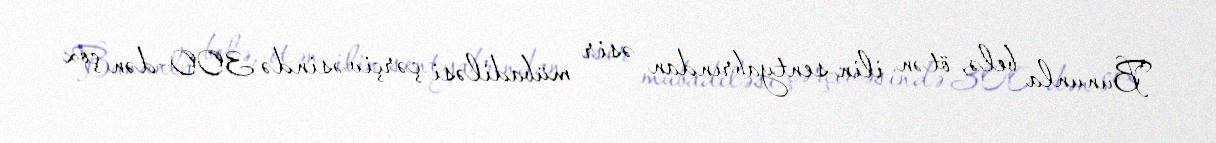
Bununla belə, ötən ilin sentyabrından əsir mübadiləsi çərçivəsində 300-dən çox